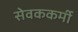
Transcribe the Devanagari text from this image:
सेवककर्मी